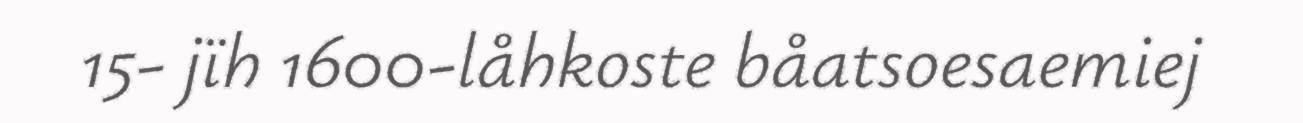
15- jïh 1600-låhkoste båatsoesaemiej